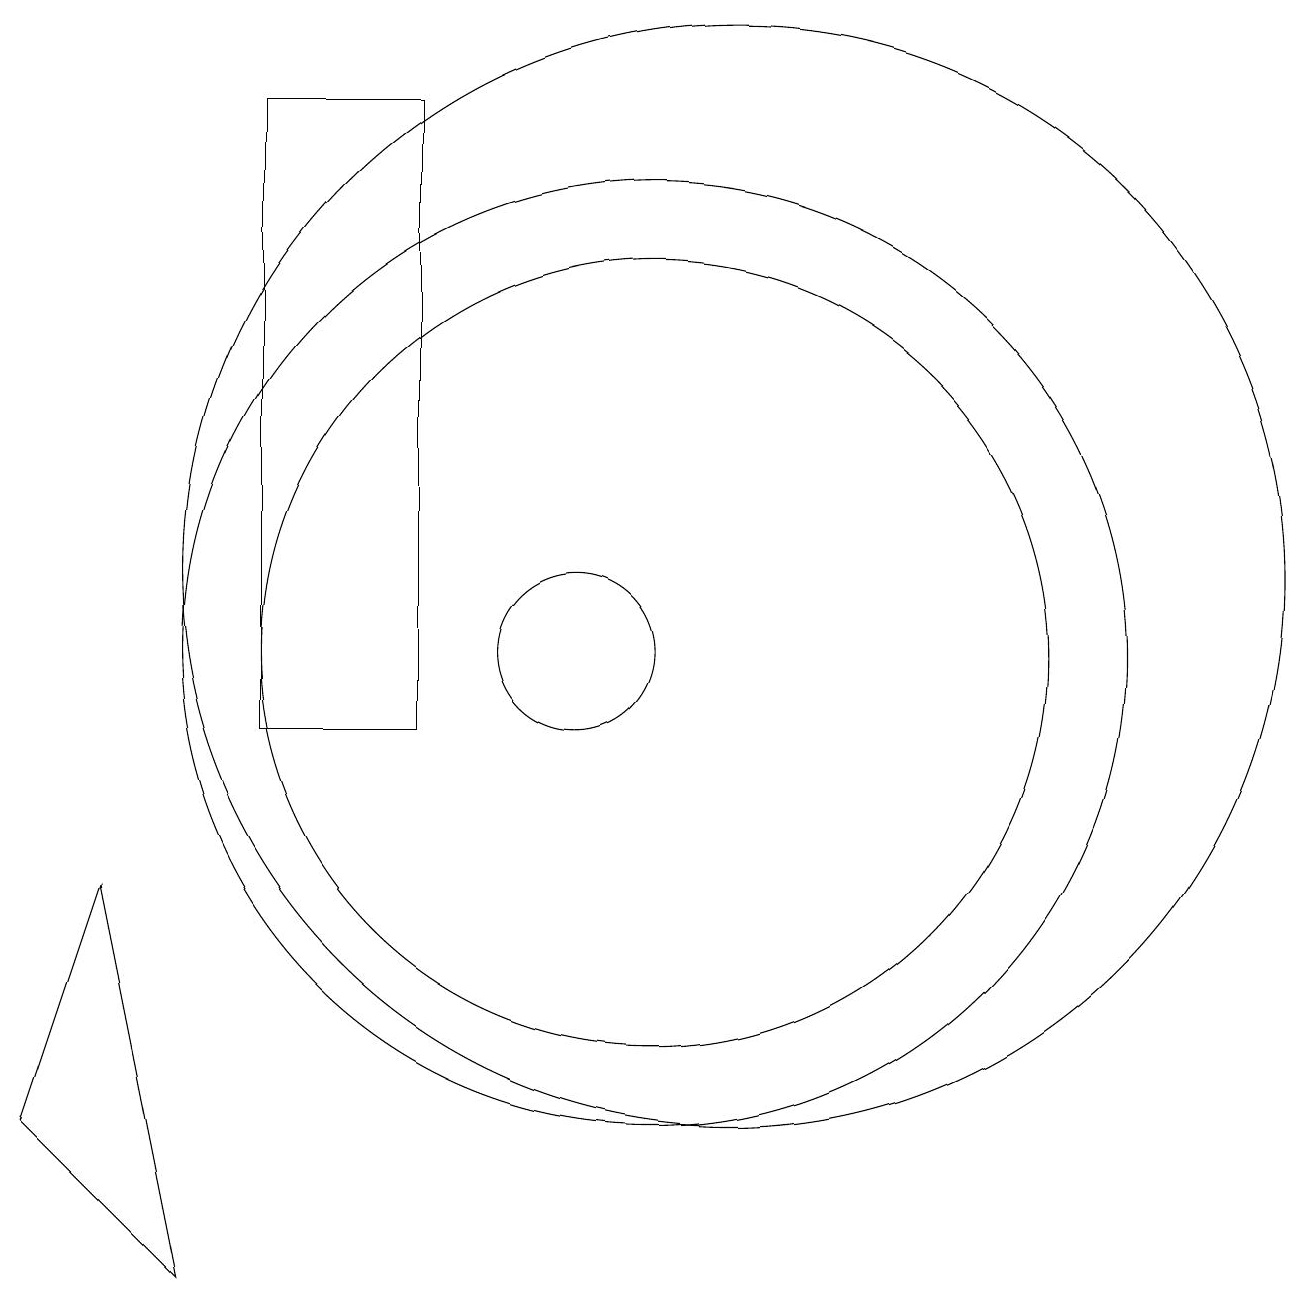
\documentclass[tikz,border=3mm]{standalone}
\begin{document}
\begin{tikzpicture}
\draw (10,11) circle (1);
\draw (11,11) circle (5);
\draw (8,10) rectangle (6,18);
\draw (5,3) -- (4,8) -- (3,5) -- cycle;
\draw (11,11) circle (6);
\draw (12,12) circle (7);
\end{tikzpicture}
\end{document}